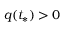
q ( t _ { * } ) > 0